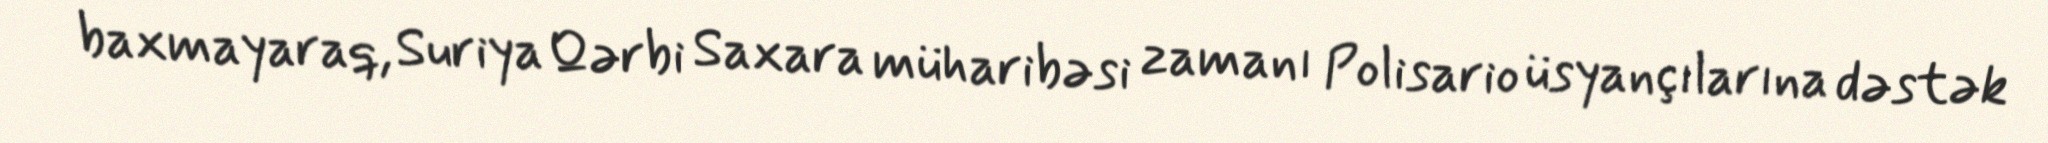
baxmayaraq, Suriya Qərbi Saxara müharibəsi zamanı Polisario üsyançılarına dəstək